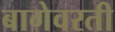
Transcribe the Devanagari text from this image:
बागेवरती